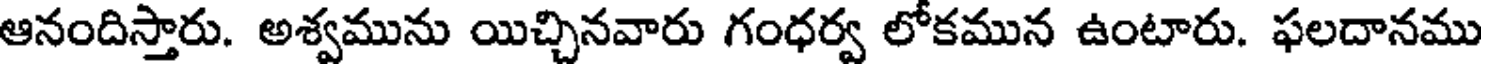
ఆనందిస్తారు. అశ్వమును యిచ్చినవారు గంధర్వ లోకమున ఉంటారు. ఫలదానము